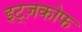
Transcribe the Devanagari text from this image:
इट्ज़कोफ